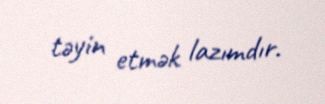
təyin etmək lazımdır.